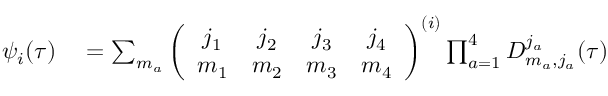
\begin{array} { r l } { \psi _ { i } ( \tau ) } & { { } = \sum _ { m _ { a } } \left( \begin{array} { c c c c } { j _ { 1 } } & { j _ { 2 } } & { j _ { 3 } } & { j _ { 4 } } \\ { m _ { 1 } } & { m _ { 2 } } & { m _ { 3 } } & { m _ { 4 } } \end{array} \right) ^ { ( i ) } \prod _ { a = 1 } ^ { 4 } D _ { m _ { a } , j _ { a } } ^ { j _ { a } } ( \tau ) } \end{array}